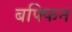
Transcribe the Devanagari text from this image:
बफ्फिन